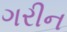
ગરીન